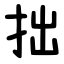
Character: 拙